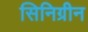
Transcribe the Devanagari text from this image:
सिनिग्रीन